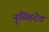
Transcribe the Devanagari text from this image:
नॄसिंहदेव